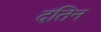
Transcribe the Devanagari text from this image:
दंतिन